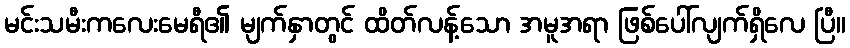
မင်းသမီးကလေးမေရီ၏ မျက်နှာတွင် ထိတ်လန့်သော အမူအရာ ဖြစ်ပေါ်လျက်ရှိလေ ပြီ။